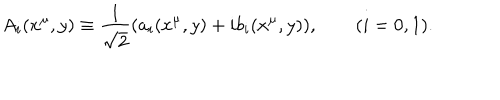
LaTeX: A _ { i } ( x ^ { \mu } , y ) \equiv \frac { 1 } { \sqrt { 2 } } ( a _ { i } ( x ^ { \mu } , y ) + i b _ { i } ( x ^ { \mu } , y ) ) , \qquad ( i = 0 , 1 ) .